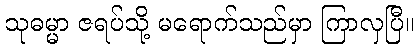
သုဓမ္မာ ဇရပ်သို့ မရောက်သည်မှာ ကြာလှပြီ။